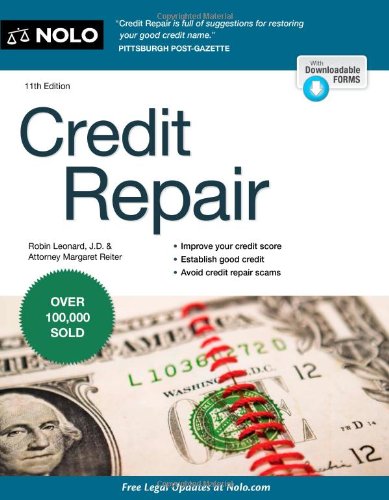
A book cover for Credit Repair; Robin Leonard; Business & Money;